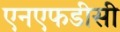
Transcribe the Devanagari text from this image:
एनएफडीसी